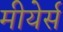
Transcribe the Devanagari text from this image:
मीयेर्स